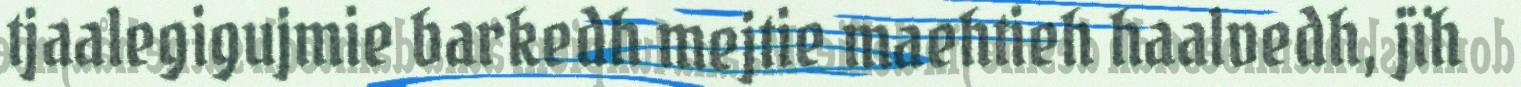
tjaalegigujmie barkedh mejtie maehtieh haalvedh, jïh